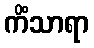
ကိံသာရာ